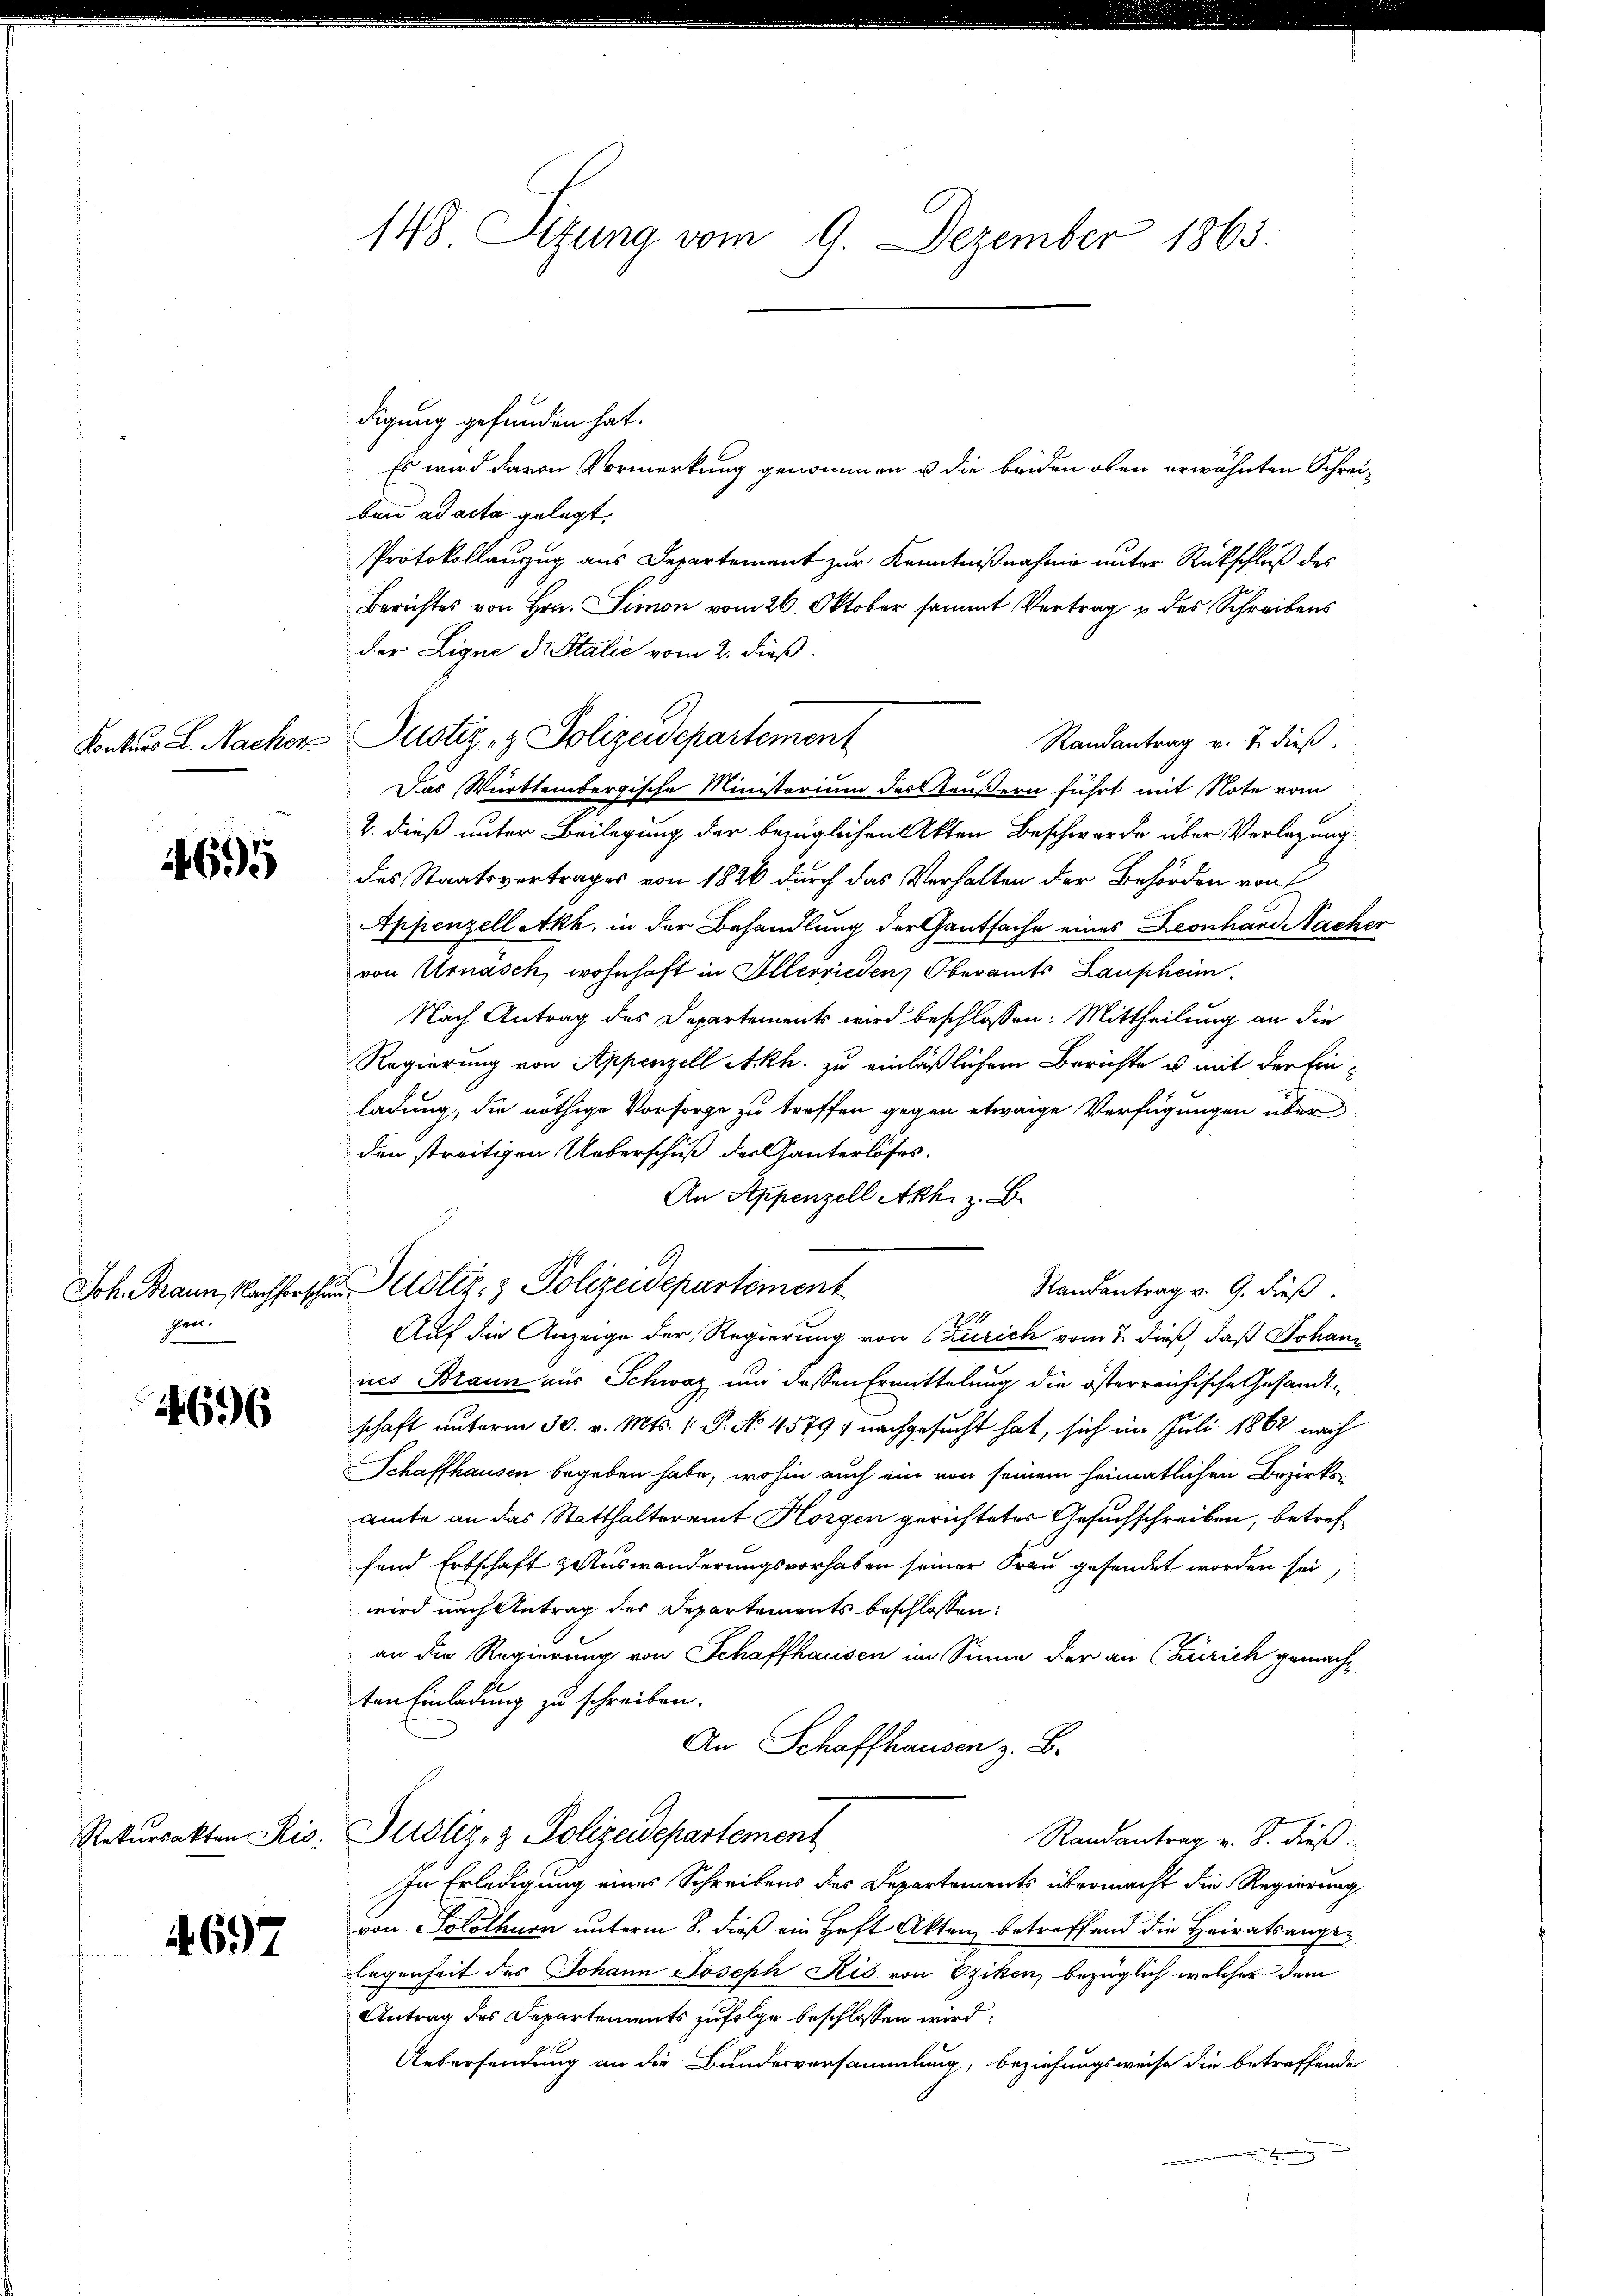
4695

sen.

4696

Rekursakten Ris

4697

148 Sitzung vom 9. Dezember 1865

digung gefunden hat.
Es wird davon Vormerkung genommen u die beiden oben erwähnten Schreiben ad acta gelegt,
Protokollauszug aus Departement zur Kenntnißnahme unter Rückschluß des
Berichtes von Hrn. Simon vom 26. Oktober sammt Vertrag u des Schreibens
der Ligne di Stalić vom 2. dieß.
Randantrag v. J. dieß.
Das Württembergische Ministerium des Aeußern führt mit Note vom
2. dieß unter Beilegung der bezüglichen Akten Beschwerde über Verlegung
des Staatsvertrages von 1826 durch das Verhalten der Behörden von
Appenzell Akk, in der Behandlung der Gautsache eines Leonhard Nacher
von Urnasch, wohnhaft in Illerrieden Oberamts Laupheim.
Nach Antrag des Departements wird beschlossen: Mittheilung an die
Regierung von Appenzell Akh. zu einläßlichem Berichte u. mit der Ein-
ladung, die nöthige Vorsorge zu treffen gegen etwaige Verfügungen über
den streitigen Ueberschuß der Ganterlöses.
An Appenzell Akh. z. B.
14
Auf die Anzeige der Regierung von Zürich vom 2. dieß, daß Johann
nes Braun aus Schweiz und dessen Ermittelung die österreichische Gesandte
schaft unterm 30. v. Mts. 1. P. No 4579, nachgesucht hat, sich im Juli 1862 nach
Schaffhausen begeben habe, wohin auch ein von seinem heimatlichen Bezirksamte an das Statthalteramt Horgen gerichteter Gesuchschreiben, betreffend Erbschaft zauswanderungsvorhaben seiner Frau gesendet worden sei,
wird nach Antrag des Departements beschlossen:
an die Regierung von Schaffhausen im Sinne der an (Zürich gemachten Einladung zu schreiben.
An Schaffhausen z. B.
Justiz- & Polizeidepartement
Randantrag v. S. dieß:
In Erledigung eines Schreibens des Departements übermacht die Regierung
von Solothurn unterm 8. dieß ein Haft Akten betreffend die Heiratsange¬
Eegenheit des Johann Joseph Ris von Oziken bezüglich welcher dem
Antrag des Departements zufolge beschlossen wird.
Uebersendung an die Bundesversammlung, beziehungsweise die betreffende

Konkurs L. Nacker Justiz- & Polizeidepartement

Joh. Brann, Nachforschen Uster- & Polizeidepartement

Randantrag v. 9. dieß.